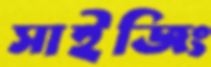
সাইজিং